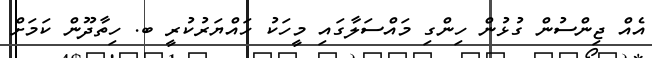
އެއް ޖިންސުން ގުޅުން ހިންގި މައްސަލާގައި މީހަކު ހައްޔަރުކުރީ ބ. ހިތާދޫން ކަމަށް